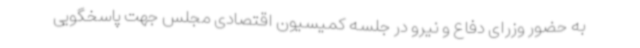
به حضور وزرای دفاع و نیرو در جلسه کمیسیون اقتصادی مجلس جهت پاسخگویی